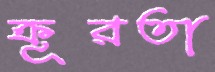
ক্রূরতা